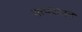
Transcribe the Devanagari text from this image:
सत्यपालन